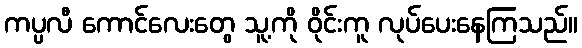
ကပ္ပလီ ကောင်လေးတွေ သူ့ကို ဝိုင်းကူ လုပ်ပေးနေကြသည်။